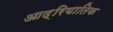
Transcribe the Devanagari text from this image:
आद्रियातिक